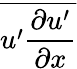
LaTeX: \overline{{u^{\prime}\frac{\partial u^{\prime}}{\partial x}}}